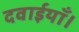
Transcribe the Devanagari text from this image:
दवाईयाँ।